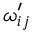
\omega _ { i j } ^ { \prime }